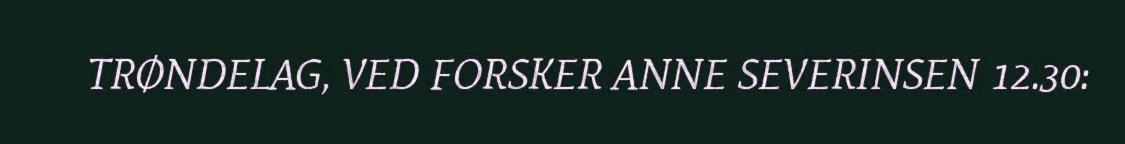
TRØNDELAG, VED FORSKER ANNE SEVERINSEN 12.30: